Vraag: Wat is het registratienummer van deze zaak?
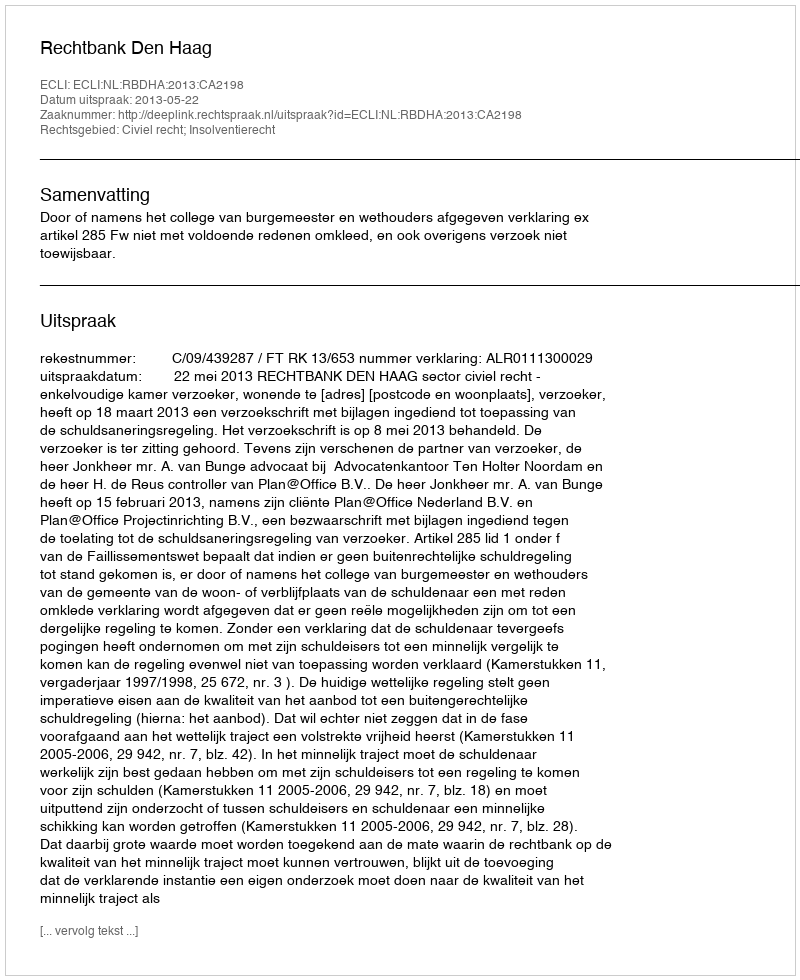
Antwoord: http://deeplink.rechtspraak.nl/uitspraak?id=ECLI:NL:RBDHA:2013:CA2198